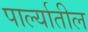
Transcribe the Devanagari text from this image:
पार्ल्यातील